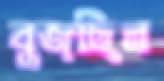
বুজছিল